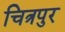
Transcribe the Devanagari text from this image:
चित्रपुर